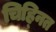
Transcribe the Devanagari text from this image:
चिह्‍नित